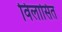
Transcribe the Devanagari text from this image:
विलासित